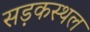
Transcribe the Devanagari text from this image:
सड़कस्थल